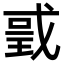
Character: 𢧌